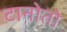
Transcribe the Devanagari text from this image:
टानोतो